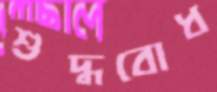
শুদ্ধবোধ